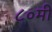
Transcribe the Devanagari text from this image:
८०मी